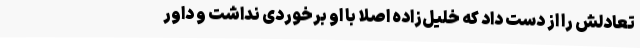
تعادلش را از دست داد که خلیل‌زاده اصلا با او برخوردی نداشت و داور